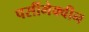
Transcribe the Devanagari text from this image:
पर्सीमेक्वीन